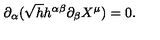
\partial _ { \alpha } ( \sqrt { h } h ^ { \alpha \beta } \partial _ { \beta } X ^ { \mu } ) = 0 .